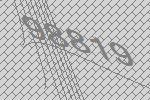
98819